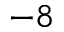
^ { - 8 }